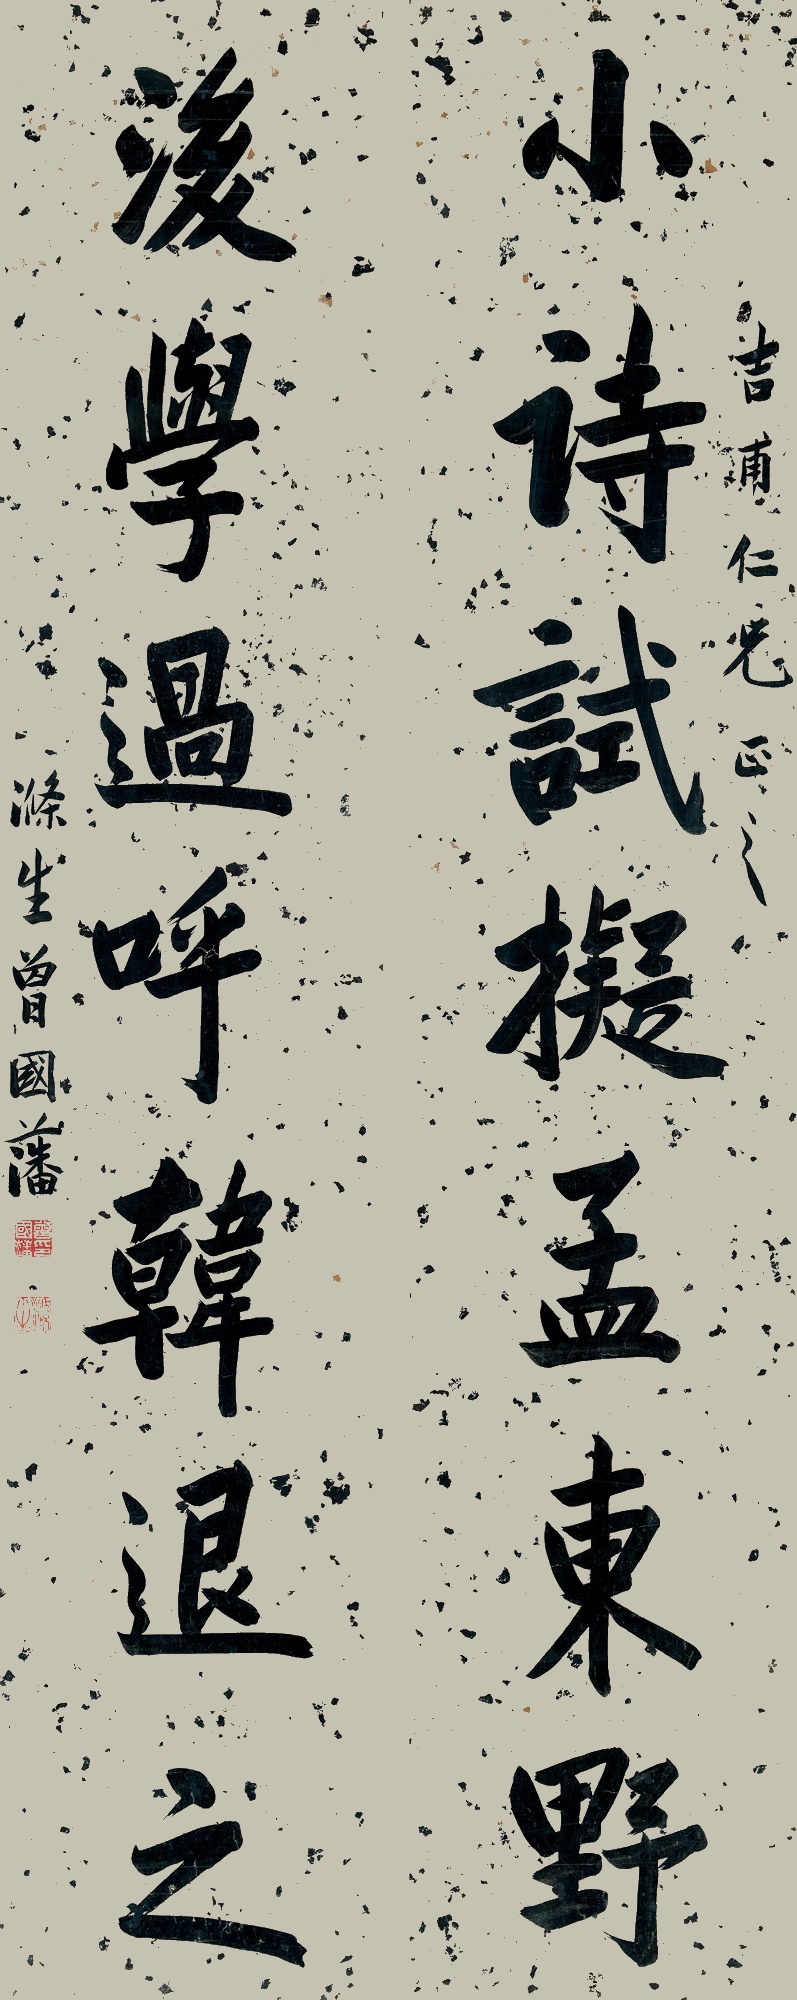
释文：小诗试拟孟东野，后学过呼韩退之。吉甫仁兄正之，涤生曾国藩。